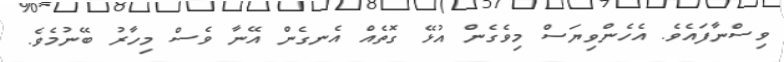
ވިސްނާފައެވެ. އެހެންވިޔަސް މިވެގެން އުޅޭ ގޮތެއް އެނގެން އޭނާ ވެސް މިހާރު ބޭނުމެވެ.